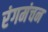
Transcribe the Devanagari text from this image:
रंगमंचन